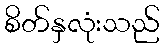
စိတ်နှလုံးသည်